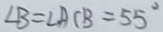
\angle B = \angle A C B = 5 5 ^ { \circ }